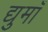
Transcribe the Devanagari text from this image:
द्युमाँ